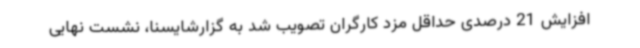
افزایش 21 درصدی حداقل مزد کارگران تصویب شد به گزارشایسنا، نشست نهایی